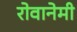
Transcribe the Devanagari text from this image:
रोवानेमी